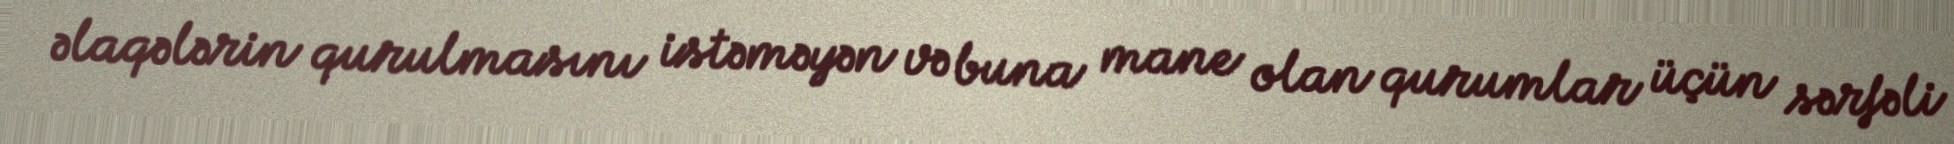
əlaqələrin qurulmasını istəməyən və buna mane olan qurumlar üçün sərfəli